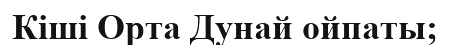
Кіші Орта Дунай ойпаты;